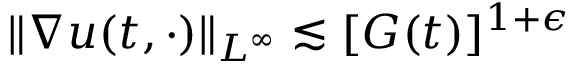
\| \nabla u ( t , \cdot ) \| _ { L ^ { \infty } } \lesssim [ G ( t ) ] ^ { 1 + \epsilon }